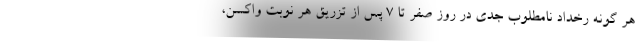
هر گونه رخداد نامطلوب جدی در روز صفر تا ۷ پس از تزریق هر نوبت واکسن،